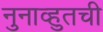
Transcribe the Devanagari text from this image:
नुनाव्हुतची